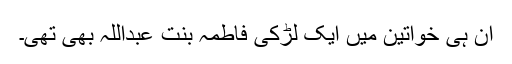
ان ہی خواتین میں ایک لڑکی فاطمہ بنتِ عبداللہ بھی تھی۔